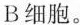
B细胞。